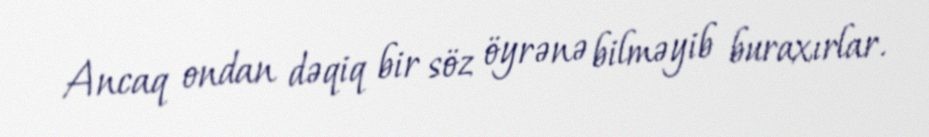
Ancaq ondan dəqiq bir söz öyrənə bilməyib buraxırlar.